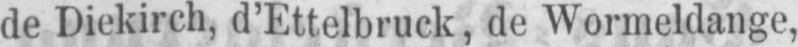
de Diekirch, d’Ettelbruck, de Wormeldange,